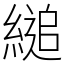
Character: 縋